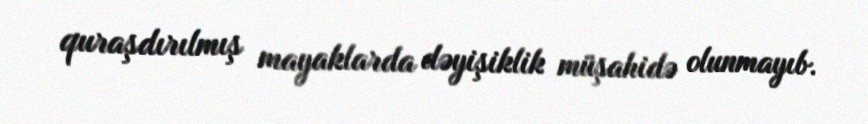
quraşdırılmış mayaklarda dəyişiklik müşahidə olunmayıb.